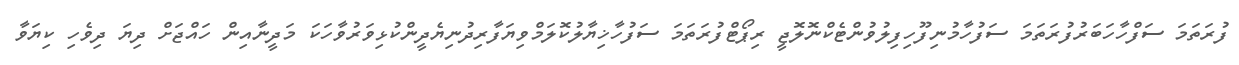
ފުރަތަމަ ސަފްހާހަބަރުފުރަތަމަ ސަފުހާމުނިފޫހިފިލުވުންޓެކްނޮލޮޖީ ރިޕޯޓްފުރަތަމަ ސަފުހާޚިޔާލުކޮލަމްވިޔަފާރިދުނިޔެދީންކުޅިވަރުވާހަކަ މަދީނާއިން ހައްޖަށް ދިޔަ ދިވެހި ކިޔަވާ